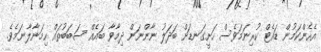
އެހެންކަމުން ޑައެޓް ކުރިނަމަވެސް ހަށީގަނޑަށް ބަދަލު ނާންނަން ދިމާވާ ބައެއް ސަބަބުތައް ހިމަނާލާނަމެވެ.